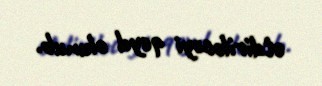
etdiriləcəyi qeyd olunub.